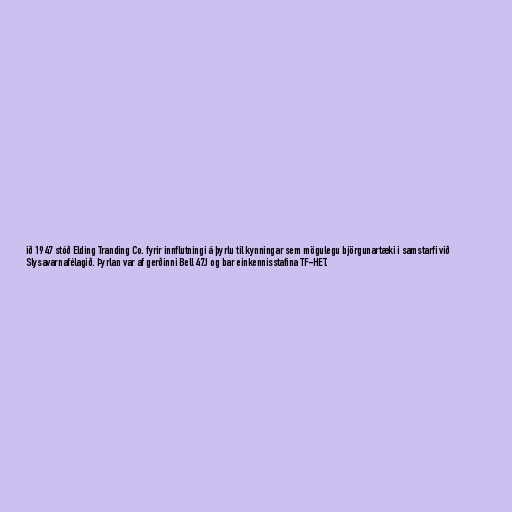
ið 1947 stóð Elding Tranding Co. fyrir innflutningi á þyrlu til kynningar sem mögulegu björgunartæki i samstarfi við
Slysavarnafélagið. Þyrlan var af gerðinni Bell 47J og bar einkennisstafina TF-HET.